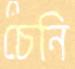
চেনি